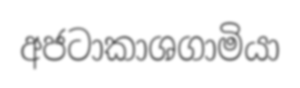
අජටාකාශගාමියා